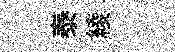
泰綾